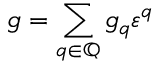
g = \sum _ { q \in \mathbb { Q } } g _ { q } \varepsilon ^ { q }